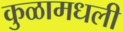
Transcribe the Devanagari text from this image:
कुळामधली